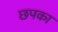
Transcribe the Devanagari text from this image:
छपका